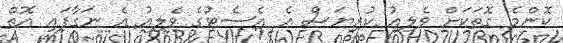
ކޮންމެ ގޮތަކަށް ވެލިއު ކުރިޔަސް އެ އެސެޓުގެ ވެލިއު އެ ނަގާފައި އޮތް